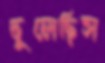
ঢুলেছিস